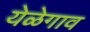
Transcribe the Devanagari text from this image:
येळेगाव